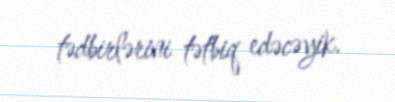
tədbirlərini tətbiq edəcəyik.